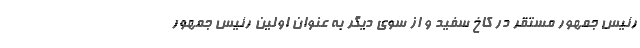
رئیس جمهور مستقر در کاخ سفید و از سوی دیگر به عنوان اولین رئیس جمهور